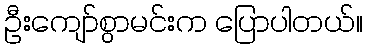
ဦးကျော်စွာမင်းက ပြောပါတယ်။